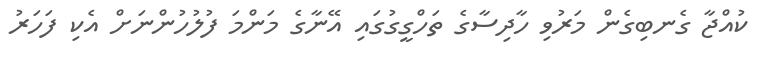
ކުއްޖާ ގެނބިގެން މަރުވި ހާދިސާގެ ތަހްގީގުގައި އޭނާގެ މަންމަ ފުލުހުންނަށް އެކި ފަހަރު